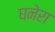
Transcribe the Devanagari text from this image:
घनेरा